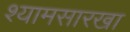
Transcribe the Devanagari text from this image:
श्यामसारखा